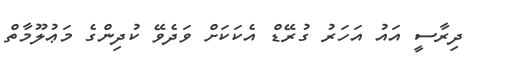
ދިރާސީ އައު އަހަރު ގުރޭޑް އެކަކަށް ވަދެވޭ ކުދިންގެ މަޢުލޫމާތް